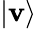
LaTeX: |\mathbf{v}\rangle